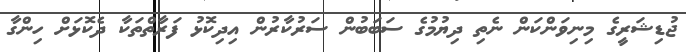
ޖުޑިޝަރީގެ މިނިވަންކަން ނެތި ދިޔުމުގެ ސަބަބުން ސަރުކާރުން އިދިކޮޅު ފަރާތްތަކާ ދެކޮޅަށް ހިންގާ